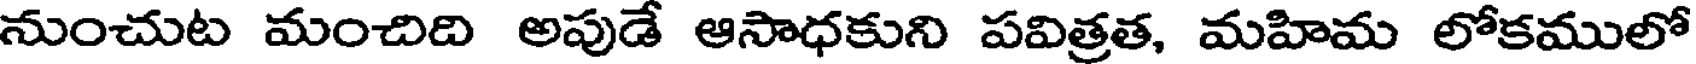
నుంచుట మంచిది అపుడే ఆసాధకుని పవిత్రత, మహిమ లోకములో